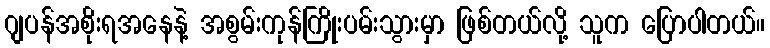
ဂျပန်အစိုးရအနေနဲ့ အစွမ်းကုန်ကြိုးပမ်းသွားမှာ ဖြစ်တယ်လို့ သူက ပြောပါတယ်။